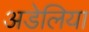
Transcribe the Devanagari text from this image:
अडेलिया